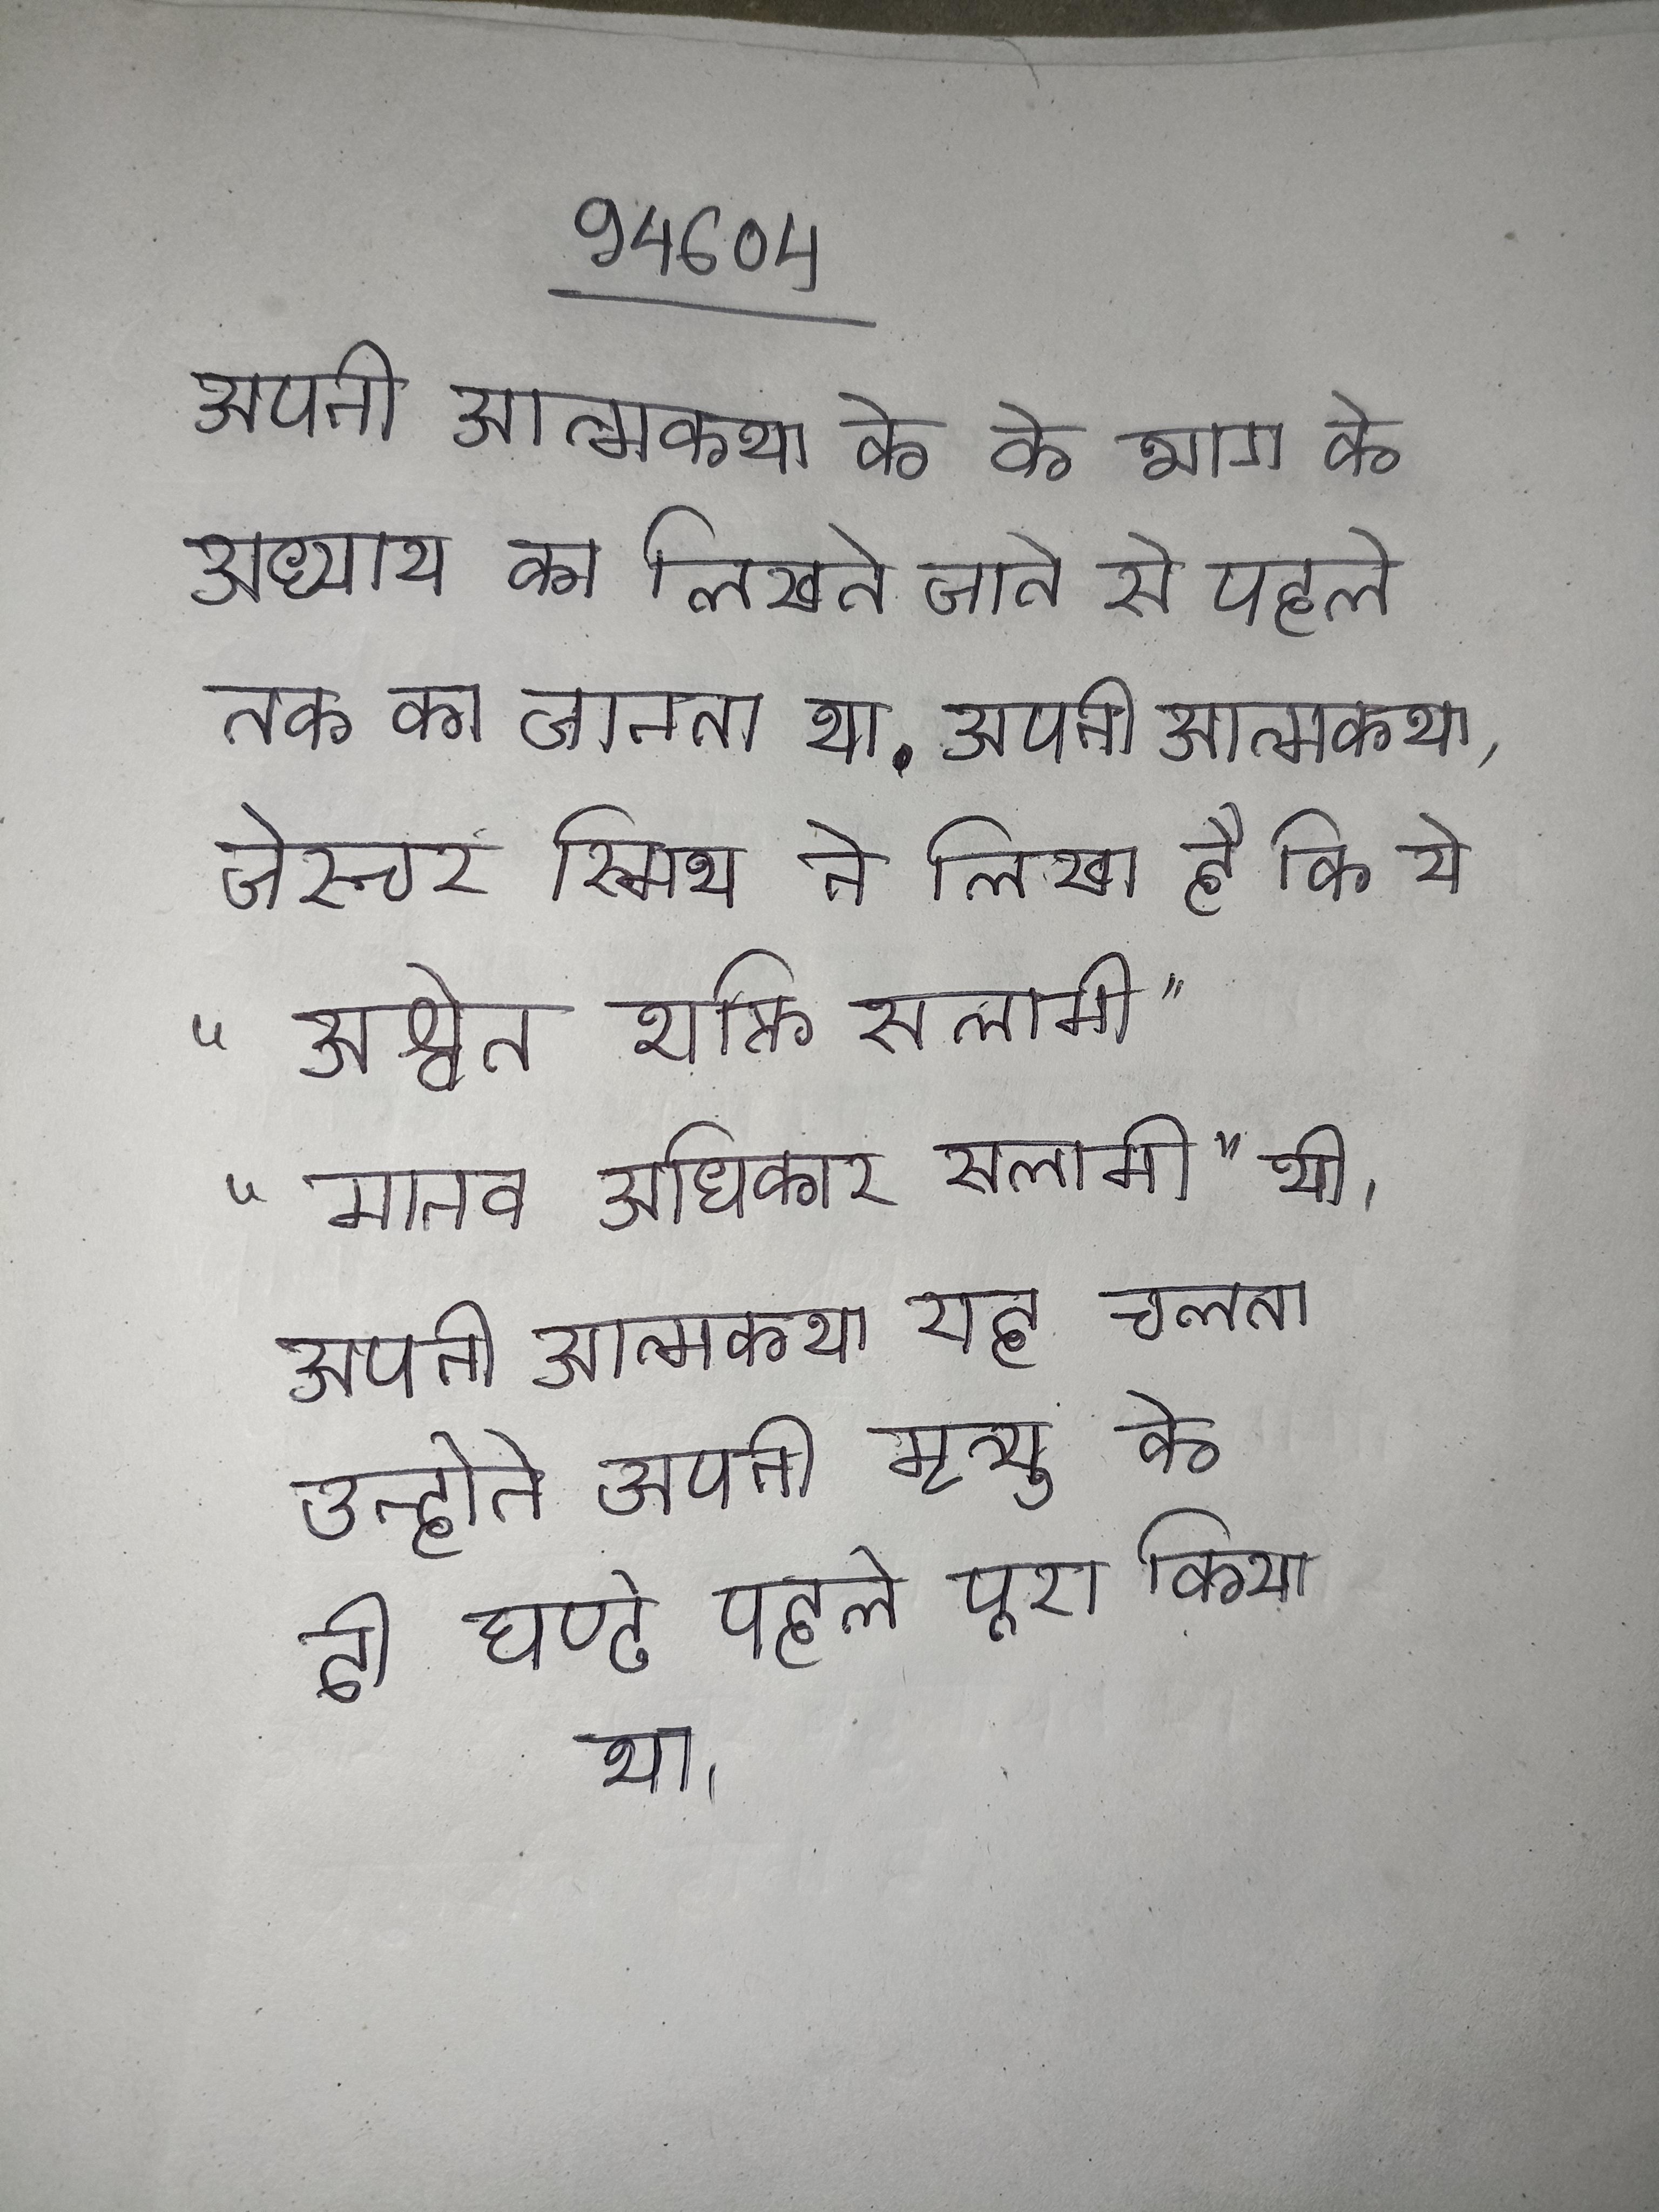
अपनी आत्मकथा के के भाग के अध्याय का लिखते जाने से पहले तक का नाम तक न जानता था . अपनी आत्मकथा, जेस्चर स्मिथ ने लिखा है कि ये "अश्वेत शक्ति सलामी" "मानव अधिकार सलामी" थी । अपनी आत्मकथा राह चलता उन्होने अपनी मृत्यु के दो घण्टे पहले पूरा किया था ।